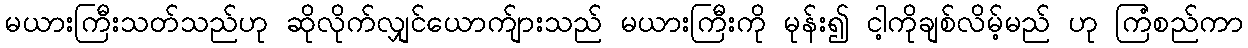
မယားကြီးသတ်သည်ဟု ဆိုလိုက်လျှင်ယောက်ျားသည် မယားကြီးကို မုန်း၍ ငါ့ကိုချစ်လိမ့်မည် ဟု ကြံစည်ကာ